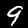
Label: 9